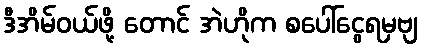
ဒီအိမ်ဝယ်ဖို့ တောင် အဲဟိုက စပေါ်ငွေရမှဗျ